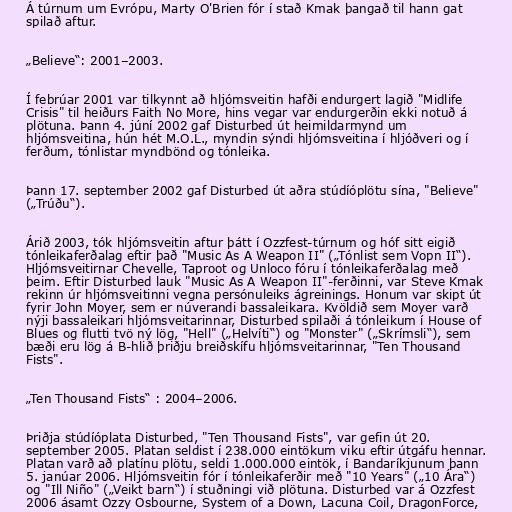
Á túrnum um Evrópu, Marty O'Brien fór í stað Kmak þangað til hann gat
spilað aftur.

„Believe“: 2001–2003.

Í febrúar 2001 var tilkynnt að hljómsveitin hafði endurgert lagið "Midlife
Crisis" til heiðurs Faith No More, hins vegar var endurgerðin ekki notuð á
plötuna. Þann 4. júní 2002 gaf Disturbed út heimildarmynd um
hljómsveitina, hún hét M.O.L., myndin sýndi hljómsveitina í hljóðveri og í
ferðum, tónlistar myndbönd og tónleika.

Þann 17. september 2002 gaf Disturbed út aðra stúdíóplötu sína, "Believe"
(„Trúðu“).

Árið 2003, tók hljómsveitin aftur þátt í Ozzfest-túrnum og hóf sitt eigið
tónleikaferðalag eftir það "Music As A Weapon II" („Tónlist sem Vopn II“).
Hljómsveitirnar Chevelle, Taproot og Unloco fóru í tónleikaferðalag með
þeim. Eftir Disturbed lauk "Music As A Weapon II"-ferðinni, var Steve Kmak
rekinn úr hljómsveitinni vegna persónuleiks ágreinings. Honum var skipt út
fyrir John Moyer, sem er núverandi bassaleikara. Kvöldið sem Moyer varð
nýji bassaleikari hljómsveitarinnar, Disturbed spilaði á tónleikum í House of
Blues og flutti tvö ný lög, "Hell" („Helvíti“) og "Monster" („Skrímsli“), sem
bæði eru lög á B-hlið þriðju breiðskífu hljómsveitarinnar, "Ten Thousand
Fists".

„Ten Thousand Fists“ : 2004–2006.

Þriðja stúdíóplata Disturbed, "Ten Thousand Fists", var gefin út 20.
september 2005. Platan seldist í 238.000 eintökum viku eftir útgáfu hennar.
Platan varð að platínu plötu, seldi 1.000.000 eintök, í Bandaríkjunum þann
5. janúar 2006. Hljómsveitin fór í tónleikaferðir með "10 Years" („10 Ára“)
og "Ill Niño" („Veikt barn“) í stuðningi við plötuna. Disturbed var á Ozzfest
2006 ásamt Ozzy Osbourne, System of a Down, Lacuna Coil, DragonForce,